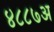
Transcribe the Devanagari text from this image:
४८८७अ